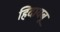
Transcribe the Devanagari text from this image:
हिदायबू